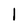
Character: l